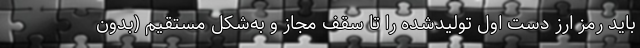
باید رمز ارز دست اول تولیدشده را تا سقف مجاز و به‌شکل مستقیم (بدون